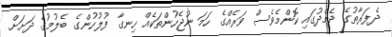
ދެފަރާތުގެ ދެމެދުގައި ކޮންމެވެސް ވަރެއްގެ ހަމަ ނުޖެހުންތަކެއް ހިނގާ ފުލުހުންގެ ބެލުމުގެ ދަށަށް